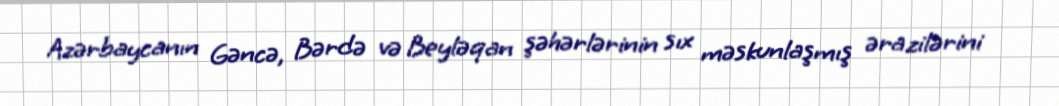
Azərbaycanın Gəncə, Bərdə və Beyləqan şəhərlərinin sıx məskunlaşmış ərazilərini